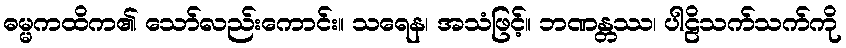
ဓမ္မကထိက၏ သော်လည်းကောင်း။ သရေန၊ အသံဖြင့်။ ဘဏန္တဿ၊ ပါဠိသက်သက်ကို